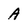
Character: A